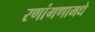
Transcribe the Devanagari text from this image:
रणांगणामधे